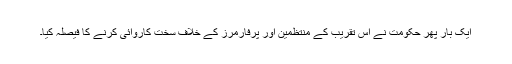
ایک بار پھر حکومت نے اس تقریب کے منتظمین اور پرفارمرز کے خلاف سخت کاروائی کرنے کا فیصلہ کیا۔